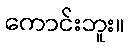
ကောင်းဘူး။